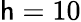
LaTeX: \mathsf{h}=10